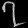
Digit: ၇